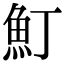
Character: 䰳